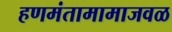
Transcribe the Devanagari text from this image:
हणमंतामामाजवळ